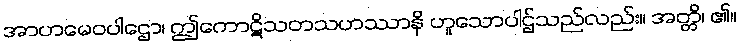
အာဟမေဝပါဌော၊ ဤကောဋိသတသဟဿာနိ ဟူသောပါဌ်သည်လည်း။ အတ္တိ၊ ၏။